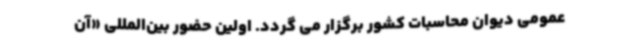
عمومی دیوان محاسبات کشور برگزار می گردد. اولین حضور بین‌المللی «آن